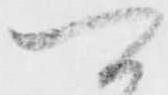
可